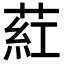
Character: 葒